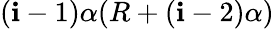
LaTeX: (\mathbf{i}-1)\alpha(R+(\mathbf{i}-2)\alpha)